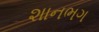
શાનભગ